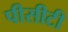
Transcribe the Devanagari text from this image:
पीसीटी